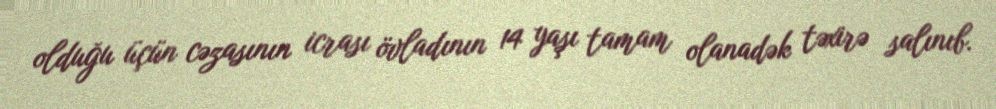
olduğu üçün cəzasının icrası övladının 14 yaşı tamam olanadək təxirə salınıb.